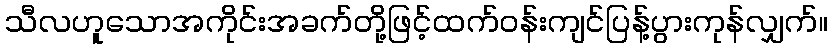
သီလဟူသောအကိုင်းအခက်တို့ဖြင့်ထက်ဝန်းကျင်ပြန့်ပွားကုန်လျှက်။